Report on the Nagpur School of Medicine, Central Provinces
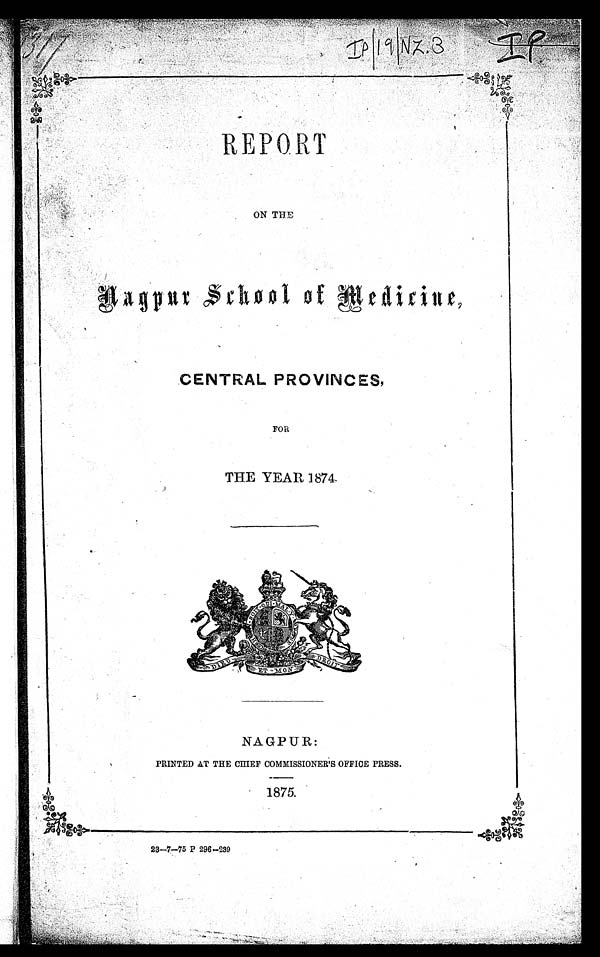
REPORT
ON THE
Nagpur School of Medicine,
CENTRAL PROVINCES,
FOR
THE YEAR 1874.
NAGPUR:
PRINTED AT THE CHIEF COMMISSIONER'S OFFICE PRESS.
1875.
23—7—75 P 296—239